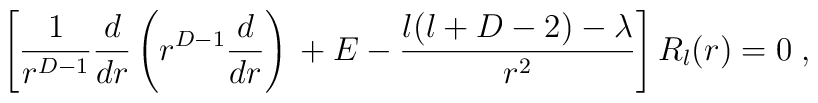
\left[\frac{1}{r^{D-1}} \frac{d}{dr} \left( r^{D-1} \frac{d}{dr} \right)\,+ E - \frac{ l ( l + D -2 ) - \lambda }{r^{2}}\right]  R_{l}(r) = 0\;  ,